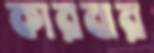
কারবার